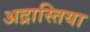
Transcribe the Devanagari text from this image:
अद्रास्तिया